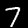
Label: 7